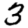
Digit: 3